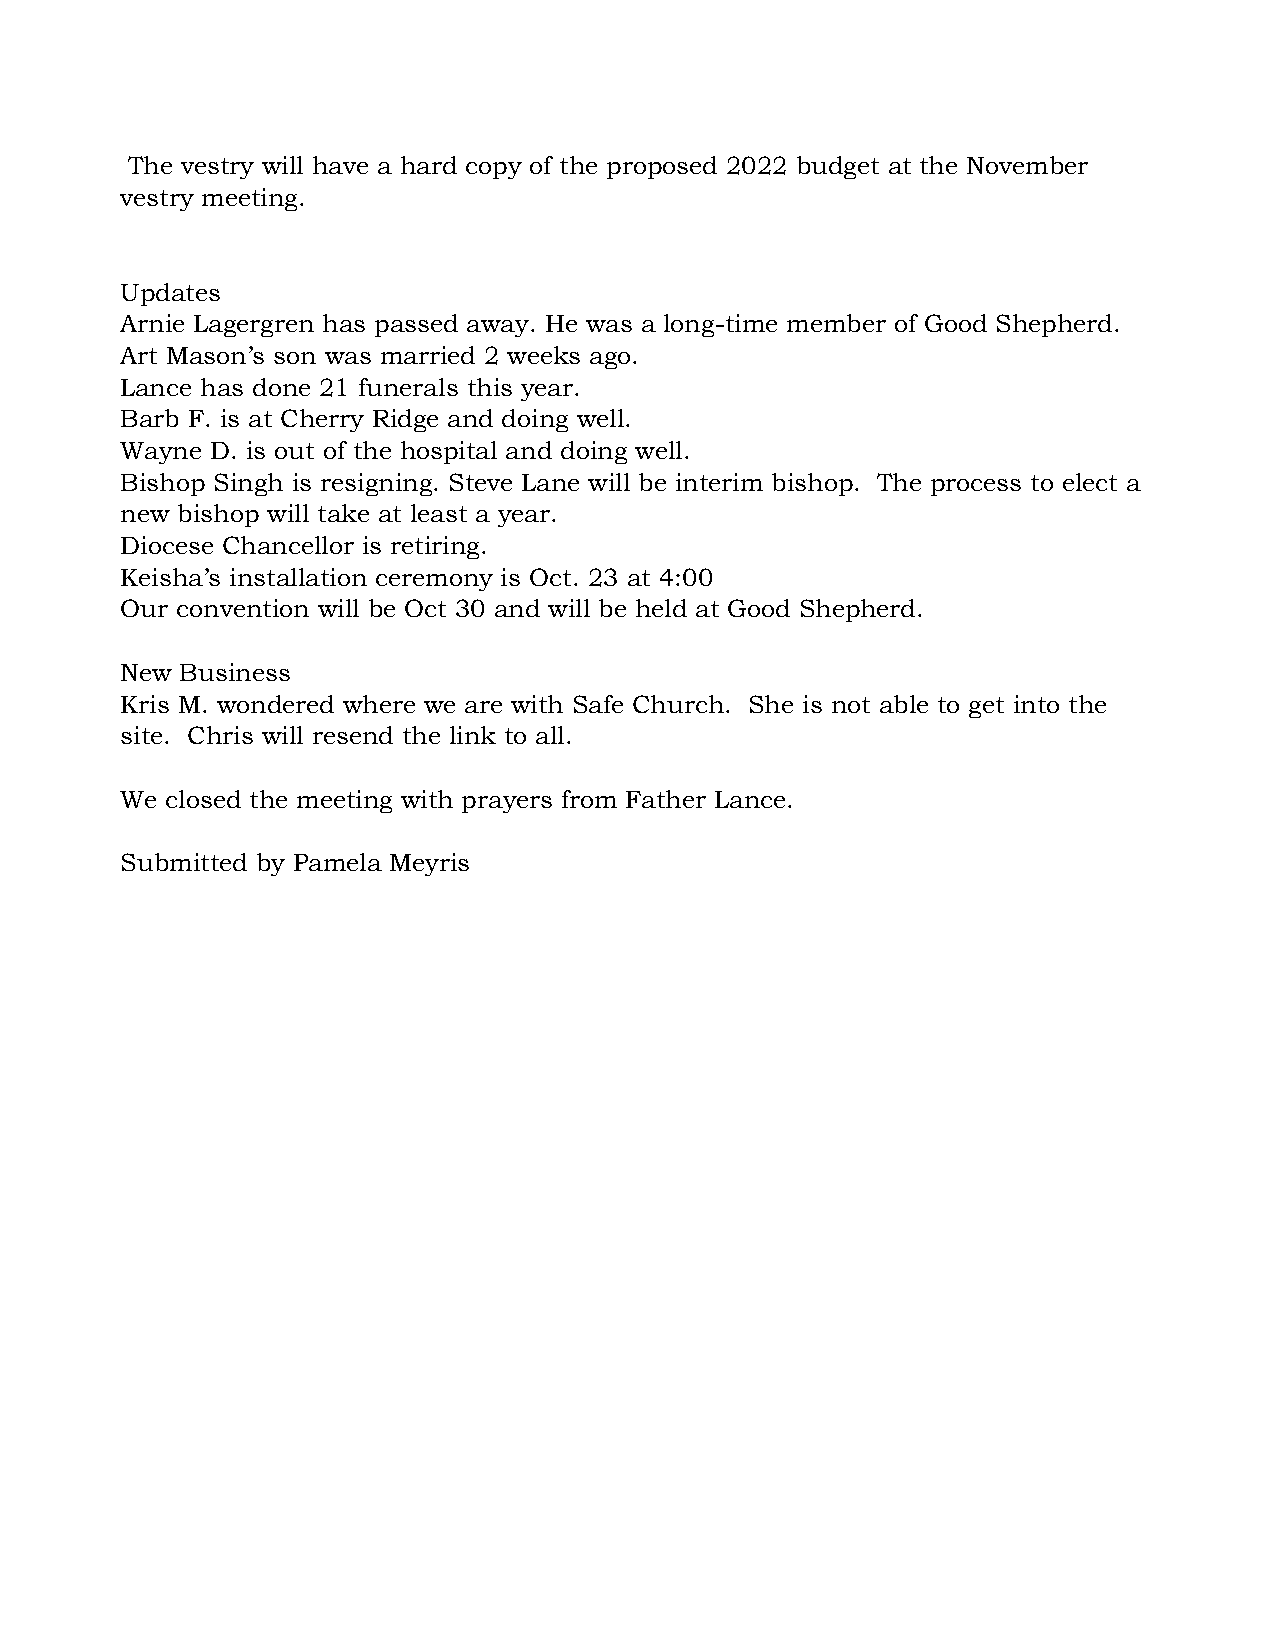
The vestry will have a hard copy of the proposed 2022 budget at the November
 vestry meeting.
 Updates
 Arnie Lagergren has passed away. He was a long-time member of Good Shepherd.
 Art Mason’s son was married 2 weeks ago.
 Lance has done 21 funerals this year.
 Barb F. is at Cherry Ridge and doing well.
 Wayne D. is out of the hospital and doing well.
 Bishop Singh is resigning. Steve Lane will be interim bishop. The process to elect a
 new bishop will take at least a year.
 Diocese Chancellor is retiring.
 Keisha’s installation ceremony is Oct. 23 at 4:00
 Our convention will be Oct 30 and will be held at Good Shepherd.
 New Business
 Kris M. wondered where we are with Safe Church. She is not able to get into the
 site. Chris will resend the link to all.
 We closed the meeting with prayers from Father Lance.
 Submitted by Pamela Meyris